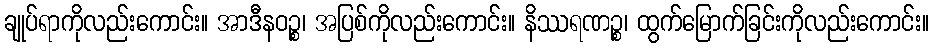
ချုပ်ရာကိုလည်းကောင်း။ အာဒီနဝဉ္စ၊ အပြစ်ကိုလည်းကောင်း။ နိဿရဏဉ္စ၊ ထွက်မြောက်ခြင်းကိုလည်းကောင်း။